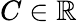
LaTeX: C\in\mathbb{R}